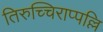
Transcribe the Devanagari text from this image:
तिरुच्चिराप्पल्लि